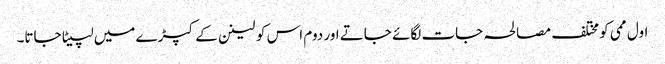
اول ممی کو مختلف مصالحہ جات لگائے جاتے اور دوم اس کو لینن کے کپڑے میں لپیٹا جاتا۔